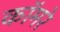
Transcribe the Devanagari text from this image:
कॉमरे